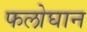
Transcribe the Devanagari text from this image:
फलोघान